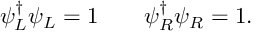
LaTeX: \psi _ { L } ^ { \dagger } \psi _ { L } = 1 \quad \quad \psi _ { R } ^ { \dagger } \psi _ { R } = 1 .